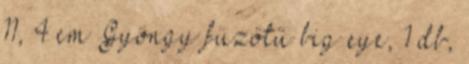
11, 4 cm Gyöngy füzőtű big eye, 1 db,